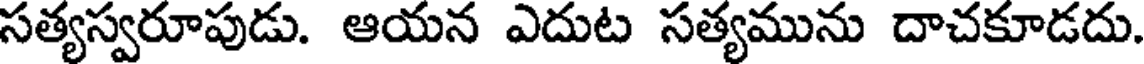
సత్యస్వరూపుడు. ఆయన ఎదుట సత్యమును దాచకూడదు.